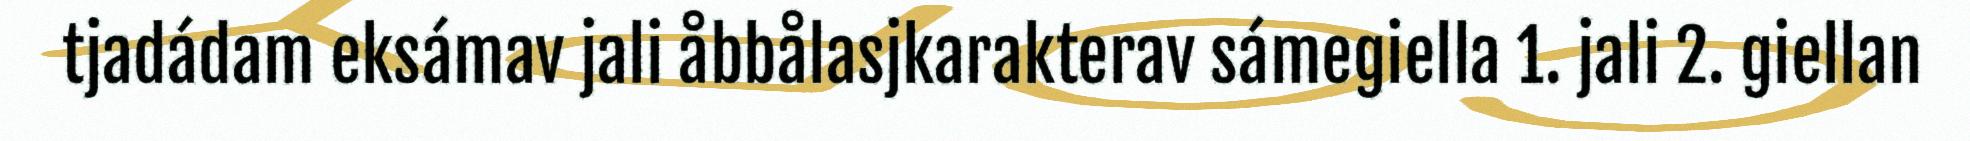
tjadádam eksámav jali åbbålasjkarakterav sámegiella 1. jali 2. giellan